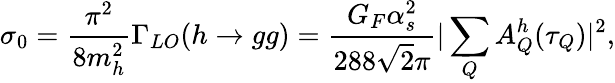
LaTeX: \sigma_{0}=\frac{\pi^{2}}{8m_{h}^{2}}\Gamma_{LO}(h\rightarrow gg)=\frac{G_{F}\alpha_{s}^{2}}{288\sqrt{2}\pi}|\sum_{Q}A_{Q}^{h}(\tau_{Q})|^{2},